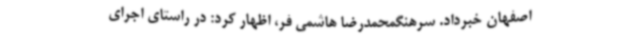
اصفهان خبرداد. سرهنگمحمدرضا هاشمی فر، اظهار کرد: در راستای اجرای